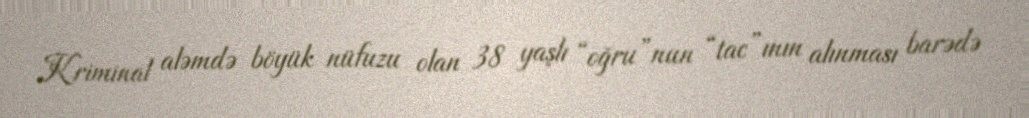
Kriminal aləmdə böyük nüfuzu olan 38 yaşlı “oğru”nun “tac”ının alınması barədə